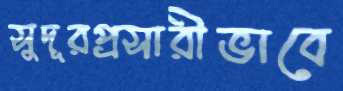
সুদূরপ্রসারীভাবে